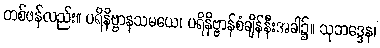
တစ်ဖန်လည်း။ ပရိနိဗ္ဗာနသမယေ၊ ပရိနိဗ္ဗာန်စံချိန်နီးအခါ၌။ သုဘဒ္ဒေန၊